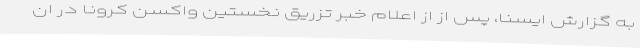
به گزارش ایسنا، پس از از اعلام خبر تزریق نخستین واکسن کرونا در ان